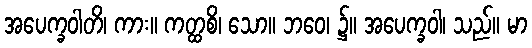
အပေက္ခဝါတိ၊ ကား။ ကတ္ထစိ၊ သော။ ဘဝေ၊ ၌။ အပေက္ခဝါ၊ သည်။ မာ